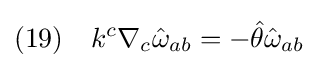
(19)\quad k^{c}\nabla _{c}{\hat {\omega }}_{ab}=-{\hat {\theta }}{\hat {\omega }}_{ab}\;